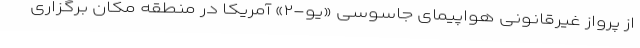
از پرواز غیرقانونی هواپیمای جاسوسی «یو-۲» آمریکا در منطقه مکان برگزاری